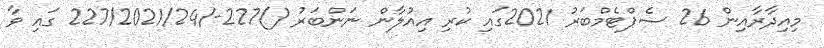
މިއިދާރާއިން 26 ސެޕްޓެމްބަރު 2021ގައި ކުރި އިއުލާން ނަންބަރު ()227-/227/2021/24 ގައި ވާ